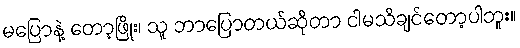
မပြောနဲ့ တော့ဖြိုး၊ သူ ဘာပြောတယ်ဆိုတာ ငါမသိချင်တော့ပါဘူး။